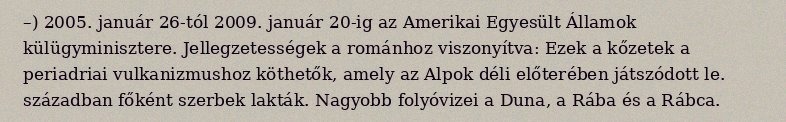
–) 2005. január 26-tól 2009. január 20-ig az Amerikai Egyesült Államok külügyminisztere. Jellegzetességek a románhoz viszonyítva: Ezek a kőzetek a periadriai vulkanizmushoz köthetők, amely az Alpok déli előterében játszódott le. században főként szerbek lakták. Nagyobb folyóvizei a Duna, a Rába és a Rábca.